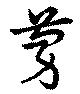
蔓